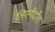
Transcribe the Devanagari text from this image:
लिगनीर्दोश